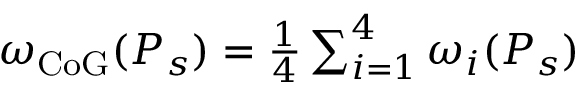
\begin{array} { r } { \omega _ { \mathrm { C o G } } ( P _ { s } ) = \frac { 1 } { 4 } \sum _ { i = 1 } ^ { 4 } \omega _ { i } ( P _ { s } ) } \end{array}